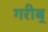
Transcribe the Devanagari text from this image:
गरीब्